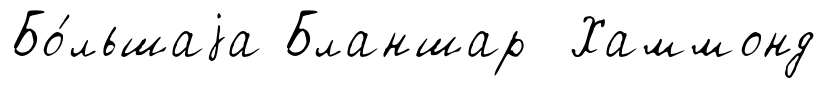
Бо́льшаjа Бланшар Хаммонд